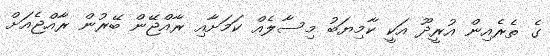
ގެ ތެރެއިން އުރީދޫ އަކީ ކާމިޔަބު މިސާލެއް ކަމަށާއި ރާއްޖޭން ބޭރުން ރާއްޖެއަށް